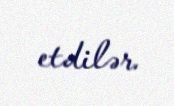
etdilər.